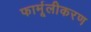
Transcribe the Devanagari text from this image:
फार्मूलीकरण